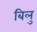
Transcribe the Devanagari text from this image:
बिलु